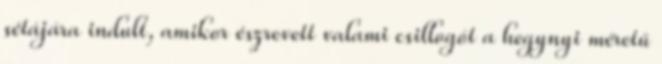
sétájára indult, amikor észrevett valami csillogót a hegynyi méretű